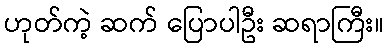
ဟုတ်ကဲ့ ဆက် ပြောပါဦး ဆရာကြီး။